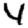
Digit: 4